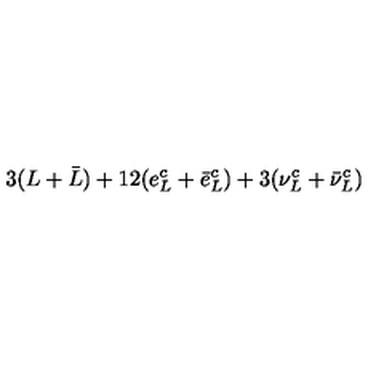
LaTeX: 3 ( L + \bar { L } ) + 1 2 ( e _ { L } ^ { c } + \bar { e } _ { L } ^ { c } ) + 3 ( \nu _ { L } ^ { c } + \bar { \nu } _ { L } ^ { c } )